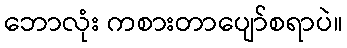
ဘောလုံး ကစားတာပျော်စရာပဲ။